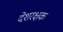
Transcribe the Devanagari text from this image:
देशरक्षक